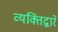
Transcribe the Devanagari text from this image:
व्यक्तिंद्वारे